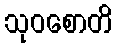
သုဝစောတိ